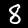
Label: 8